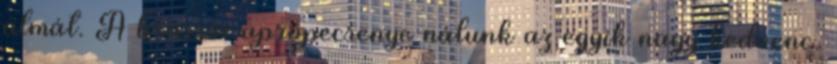
almát. A brassói aprópecsenye nálunk az egyik nagy kedvenc.